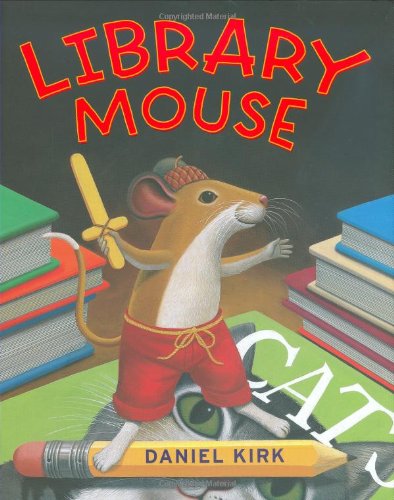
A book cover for Library Mouse; Daniel Kirk; Children's Books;